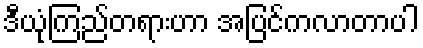
ဒီယုံကြည်တရားဟာ အပြင်ကလာတာပါ